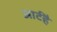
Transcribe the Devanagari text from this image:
आर्टहै